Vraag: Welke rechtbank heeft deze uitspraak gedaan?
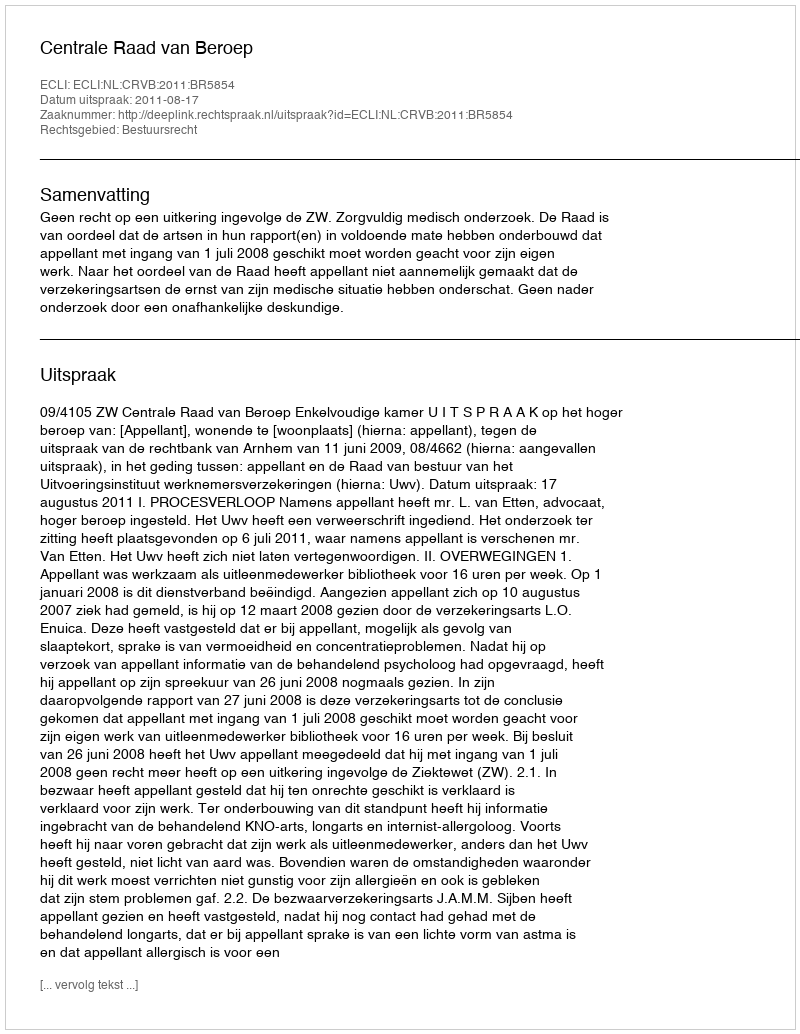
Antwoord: Centrale Raad van Beroep